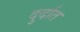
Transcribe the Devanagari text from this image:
दुर्दात